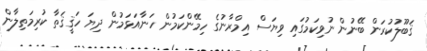
ޤަބޫލުކުރަން ބޭނުން ނުވިކަމުގައި ވިޔަސް އިމްރާނުގެ ހިމޭންކަމުން ހަނާއަޅަމުން ދިޔަ ހަޤީޤަތާ ކުރިމަތިލާން